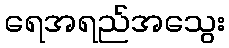
ရေအရည်အသွေး